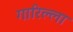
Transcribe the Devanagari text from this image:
गारिल्ला